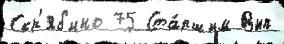
Скр'яб'ино 75 Ста́ршим Вып